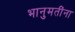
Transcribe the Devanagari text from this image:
भानुमतींना